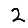
Digit: 2